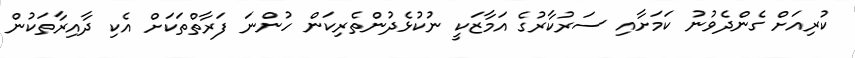
ކުރިއަށް ގެންދެވުނު ކަމަށާއި ސަރުކާރުގެ އަމާޒަކީ ނުކުޅެދުންތެރިކަން ހުންނަ ފަރާތްތަކަށް އެކި ދާއިރާތަކުން